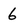
Character: 6